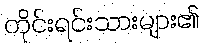
တိုင်းရင်းသားများ၏